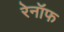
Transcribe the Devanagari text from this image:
रेनॉफ